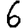
Digit: 6